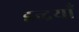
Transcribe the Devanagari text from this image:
इन्द्रयाँ